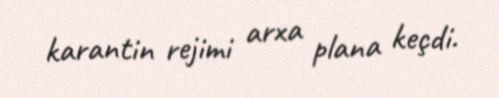
karantin rejimi arxa plana keçdi.